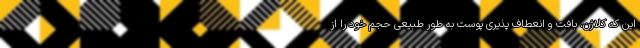
این که کلاژن، بافت و انعطاف پذیری پوست به طور طبیعی حجم خود را از